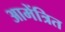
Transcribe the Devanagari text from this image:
आमेंत्रित